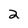
Character: 2